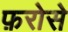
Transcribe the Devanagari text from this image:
फ़रोसे